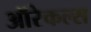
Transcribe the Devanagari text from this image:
ऑरेकल्स